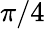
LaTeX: \pi/4